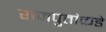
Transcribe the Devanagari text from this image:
राजपुतांकडे